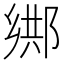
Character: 𨜕